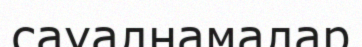
сауалнамалар